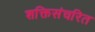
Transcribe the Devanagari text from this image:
शक्तिसंचरित